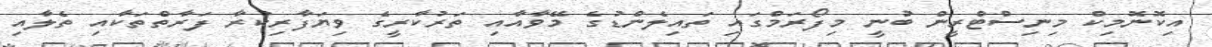
އިކޮނޮމިކް މިނިސްޓްރީން ބުނީ މިފޯރަމްގައި ތައިލެންޑުގެ މޭވާއާއި ތަރުކާރީގެ ވިޔަފާރިކުރާ ފަރާތްތަކާއި ތެލާއި